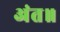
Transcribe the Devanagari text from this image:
अंत॥